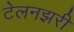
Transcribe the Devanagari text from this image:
टेलनझरी